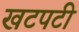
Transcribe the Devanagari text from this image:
खटपटी